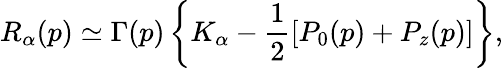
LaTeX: R_{\alpha}(p)\simeq\Gamma(p)\left\{ K_{\alpha}-\frac{1}{2}[P_{0}(p)+P_{z}(p)]\right\} ,